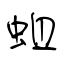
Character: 蛆